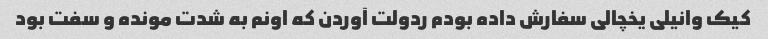
کیک وانیلی یخچالی سفارش داده بودم ردولت آوردن که اونم به شدت مونده و سفت بود